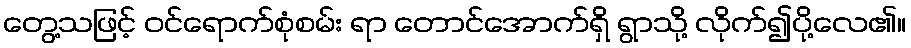
တွေ့သဖြင့် ဝင်ရောက်စုံစမ်း ရာ တောင်အောက်ရှိ ရွာသို့ လိုက်၍ပို့လေ၏။